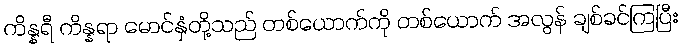
ကိန္နရီ ကိန္နရာ မောင်နှံတို့သည် တစ်ယောက်ကို တစ်ယောက် အလွန် ချစ်ခင်ကြပြီး